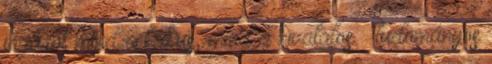
jógáról mind a laikus, mind a hivatalos – tudományos